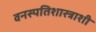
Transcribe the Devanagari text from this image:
वनस्पतिशास्त्राशी